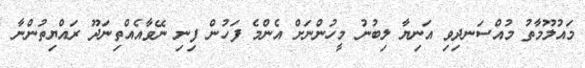
މައުލޫމާތު މުއްސަނދިވި އަނިޔާ ލިބުނު މީހުންނަށް އެންމެ ފަހުން ފިނި ނޭވާއެއްތިނަދޫ ރައްޔިތުންނާ